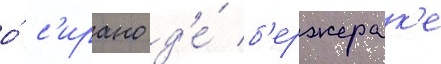
о́ с'ирано д'е́ б'ержерак'е